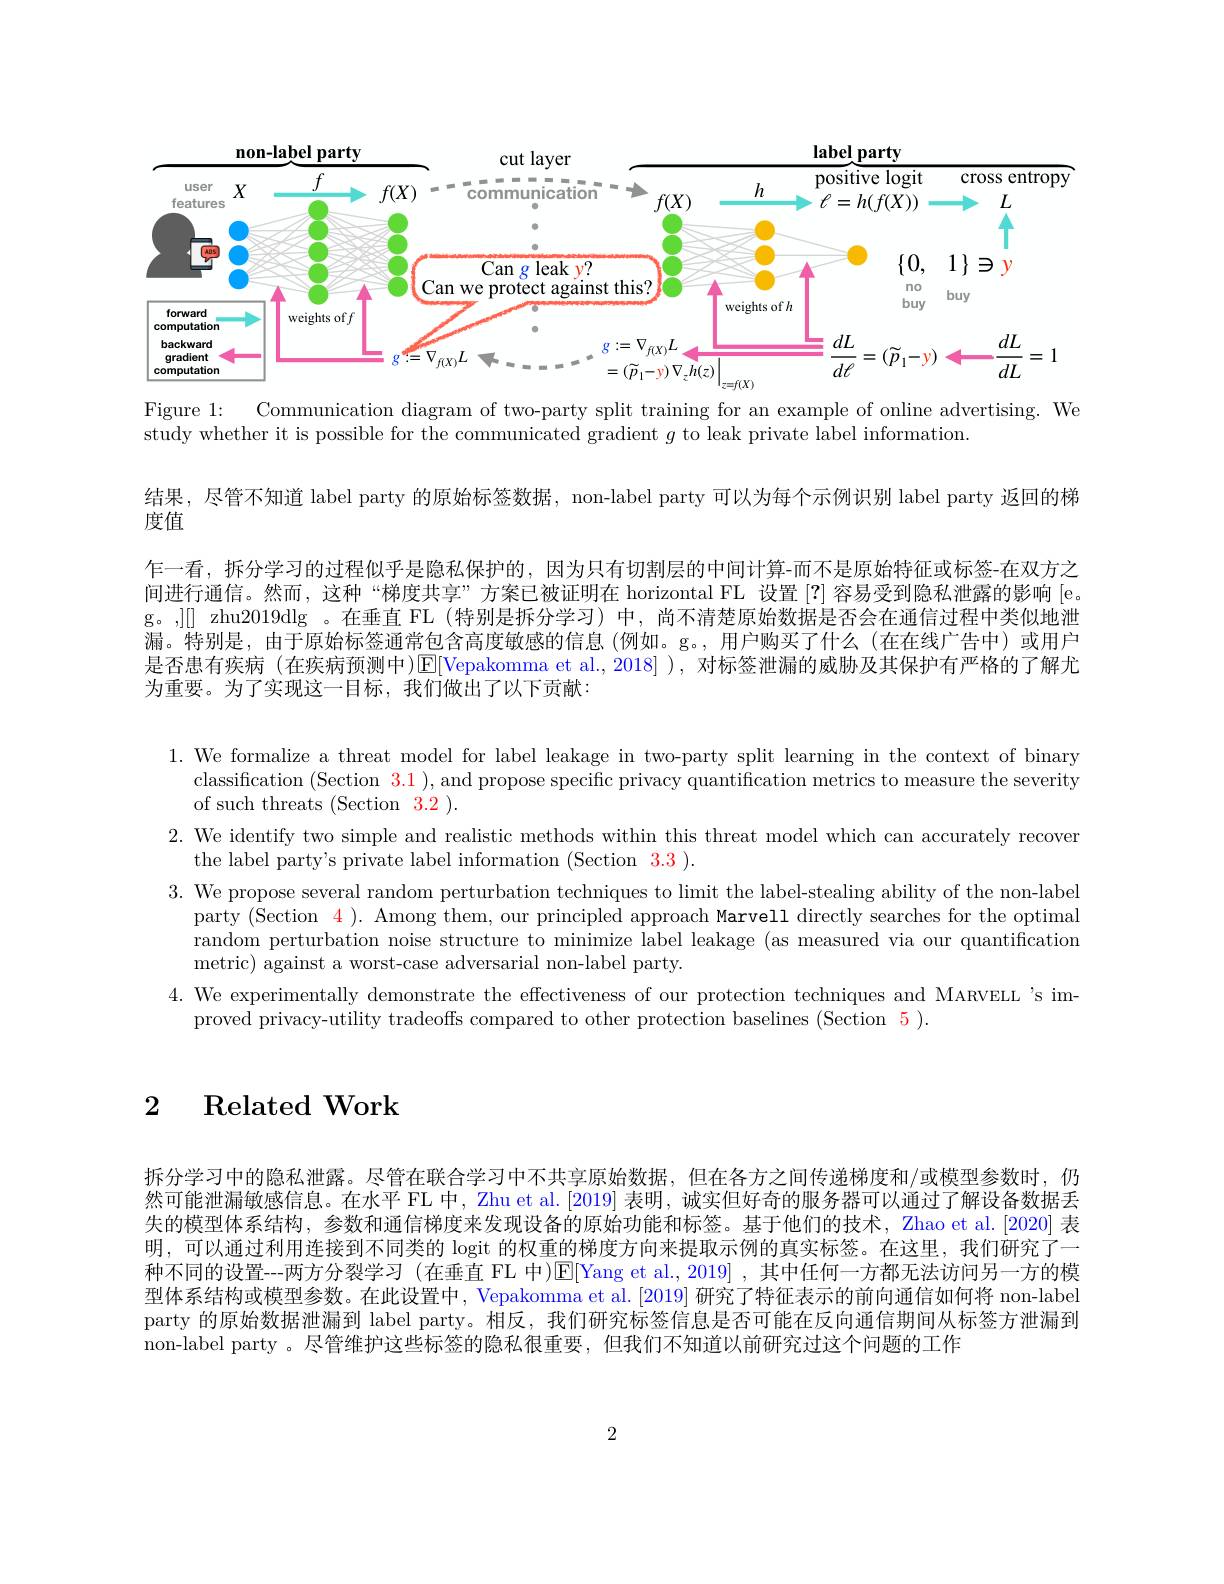
<FigureHere>

Figure 1:
Communication diagram of two-party split training for an example of online advertising. We
study whether it is possible for the communicated gradient $g$ to leak private label information.

结果，尽管不知道 label party 的原始标签数据，non-label party 可以为每个示例识别 label party 返回的梯
度值
乍一看，拆分学习的过程似乎是隐私保护的，因为只有切割层的中间计算-而不是原始特征或标签-在双方之间进行通信。然而，这种“梯度共享”方案已被证明在 horizontal FL 设置[?]容易受到隐私泄露的影响 [e。g。,][] zhu2019dlg 。在垂直 FL (特别是拆分学习)中，尚不清楚原始数据是否会在通信过程中类似地泄漏。特别是，由于原始标签通常包含高度敏感的信息(例如。g。,用户购买了什么(在在线广告中)或用户是否患有疾病 (在疾病预测中)$\operatorname{E}[$Vepakomma et al.,2018] ), 对标签泄漏的威胁及其保护有严格的了解尤为重要。为了实现这一目标，我们做出了以下贡献：

1. We formalize a threat model for label leakage in two-party split learning in the context of binary
classification (Section $\color{red}3.1)$, and propose specific privacy quantification metrics to measure the severity
of such threats (Section 3.2 ).
2. We identify two simple and realistic methods within this threat model which can accurately recover
the label party's private label information (Section 3.3).
3. We propose several random perturbation techniques to limit the label-stealing ability of the non-label
party (Section 4 ). Among them, our principled approach Marvell directly searches for the optimal random perturbation noise structure to minimize label leakage (as measured via our quantification metric) against a worst-case adversarial non-label party.
4. We experimentally demonstrate the effectiveness of our protection techniques and MARVELL 's im-
proved privacy-utility tradeoffs compared to other protection baselines (Section 5).

2 Related Work

拆分学习中的隐私泄露。尽管在联合学习中不共享原始数据，但在各方之间传递梯度和/或模型参数时，仍然可能泄漏敏感信息。在水平 FL 中，Zhu et al.[2019] 表明，诚实但好奇的服务器可以通过了解设备数据丢失的模型体系结构，参数和通信梯度来发现设备的原始功能和标签。基于他们的技术，Zhao et al.[2020] 表明，可以通过利用连接到不同类的 logit 的权重的梯度方向来提取示例的真实标签。在这里，我们研究了一种不同的设置--两方分裂学习 (在垂直 FL 中)[E[Yang et al., 2019] , 其中任何一方都无法访问另一方的模型体系结构或模型参数。在此设置中，Vepakomma et al. [2019] 研究了特征表示的前向通信如何将 non-label party 的原始数据泄漏到 label party。相反，我们研究标签信息是否可能在反向通信期间从标签方泄漏到non-label party 。尽管维护这些标签的隐私很重要，但我们不知道以前研究过这个问题的工作

2